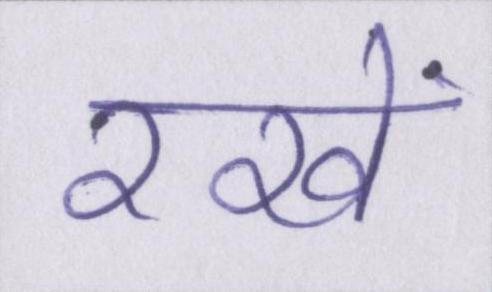
रखें